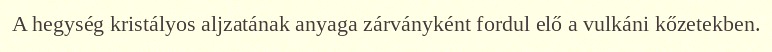
A hegység kristályos aljzatának anyaga zárványként fordul elő a vulkáni kőzetekben.